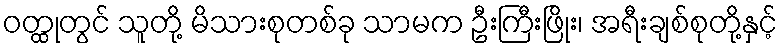
ဝတ္ထုတွင် သူတို့ မိသားစုတစ်ခု သာမက ဦးကြီးဖြိုး၊ အရီးချစ်စုတို့နှင့်